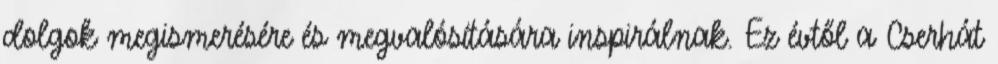
dolgok megismerésére és megvalósítására inspirálnak. Ez évtől a Cserhát